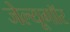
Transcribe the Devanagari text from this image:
जेल्यूगॉर